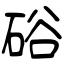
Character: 硲